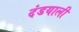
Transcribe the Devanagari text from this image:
दंडयाली